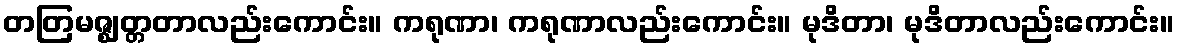
တတြမဇ္ဈတ္တတာလည်းကောင်း။ ကရုဏာ၊ ကရုဏာလည်းကောင်း။ မုဒိတာ၊ မုဒိတာလည်းကောင်း။